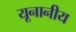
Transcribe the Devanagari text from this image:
यूनानीय